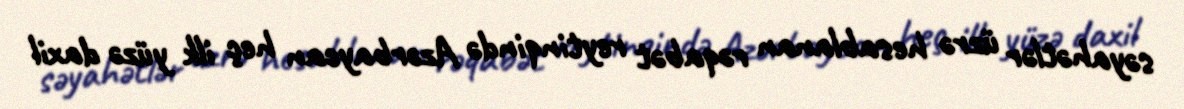
səyahətlər üzrə hesablanan rəqabət reytinqində Azərbaycan heç ilk yüzə daxil